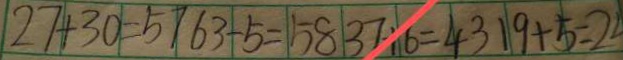
2 7 + 3 0 = 5 7 6 3 - 5 = 5 8 3 7 + 6 = 4 3 1 9 + 5 = 2 4